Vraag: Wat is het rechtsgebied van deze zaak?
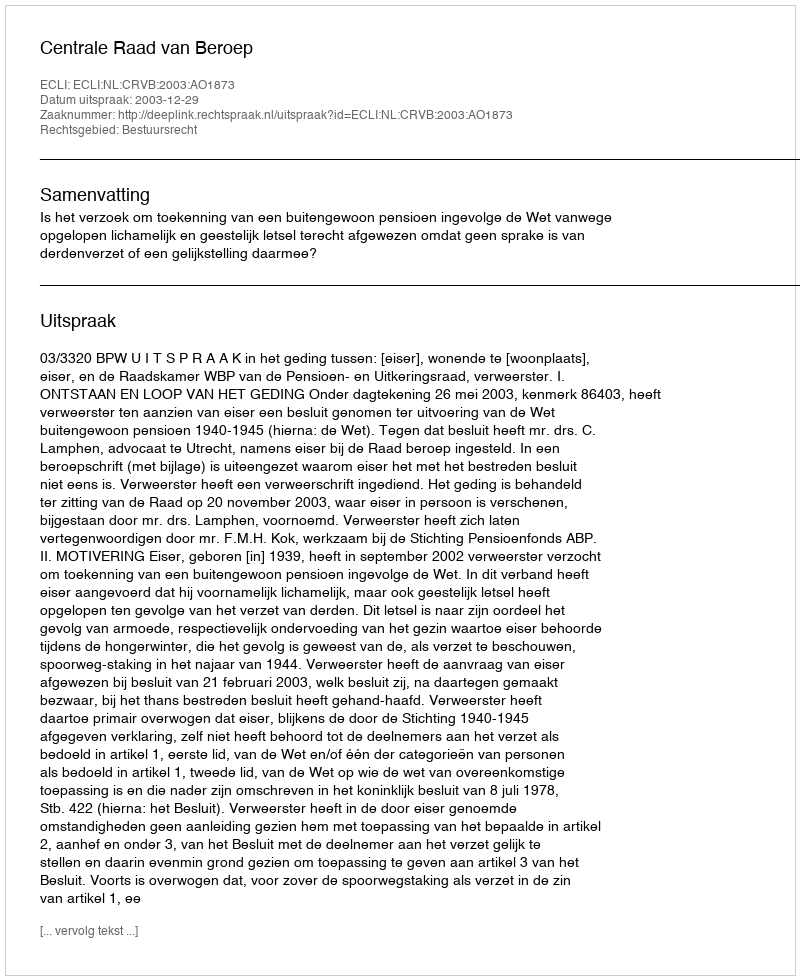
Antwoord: Bestuursrecht